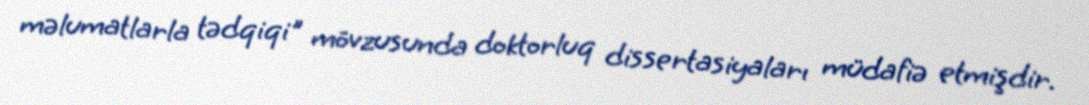
məlumatlarla tədqiqi" mövzusunda doktorluq dissertasiyaları müdafiə etmişdir.